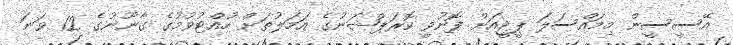
އޭސީސީން މިމައްސަލަ ޕީޖީއަށް ފޮނުވީ ކޮރަޕްޝަނުގެ އަމަލުތަށް ހުއްޓުވުމުގެ ގާނޫނުގެ 12 ވަނަ